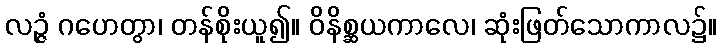
လဉ္ဇံ ဂဟေတွာ၊ တန်စိုးယူ၍။ ဝိနိစ္ဆယကာလေ၊ ဆုံးဖြတ်သောကာလ၌။